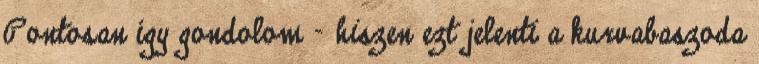
Pontosan így gondolom – hiszen ezt jelenti a kurvabaszoda